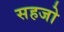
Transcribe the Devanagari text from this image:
सहजो